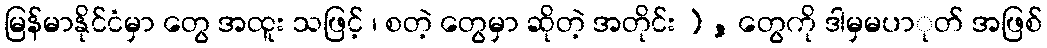
မြန်မာနိုင်ငံမှာ တွေ အထူး သဖြင့် ၊ စတဲ့ တွေမှာ ဆိုတဲ့ အတိုင်း ) , တွေကို ဒါမှမပာုတ် အဖြစ်